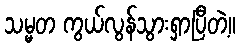
သမ္မတ ကွယ်လွန်သွားရှာပြီတဲ့။